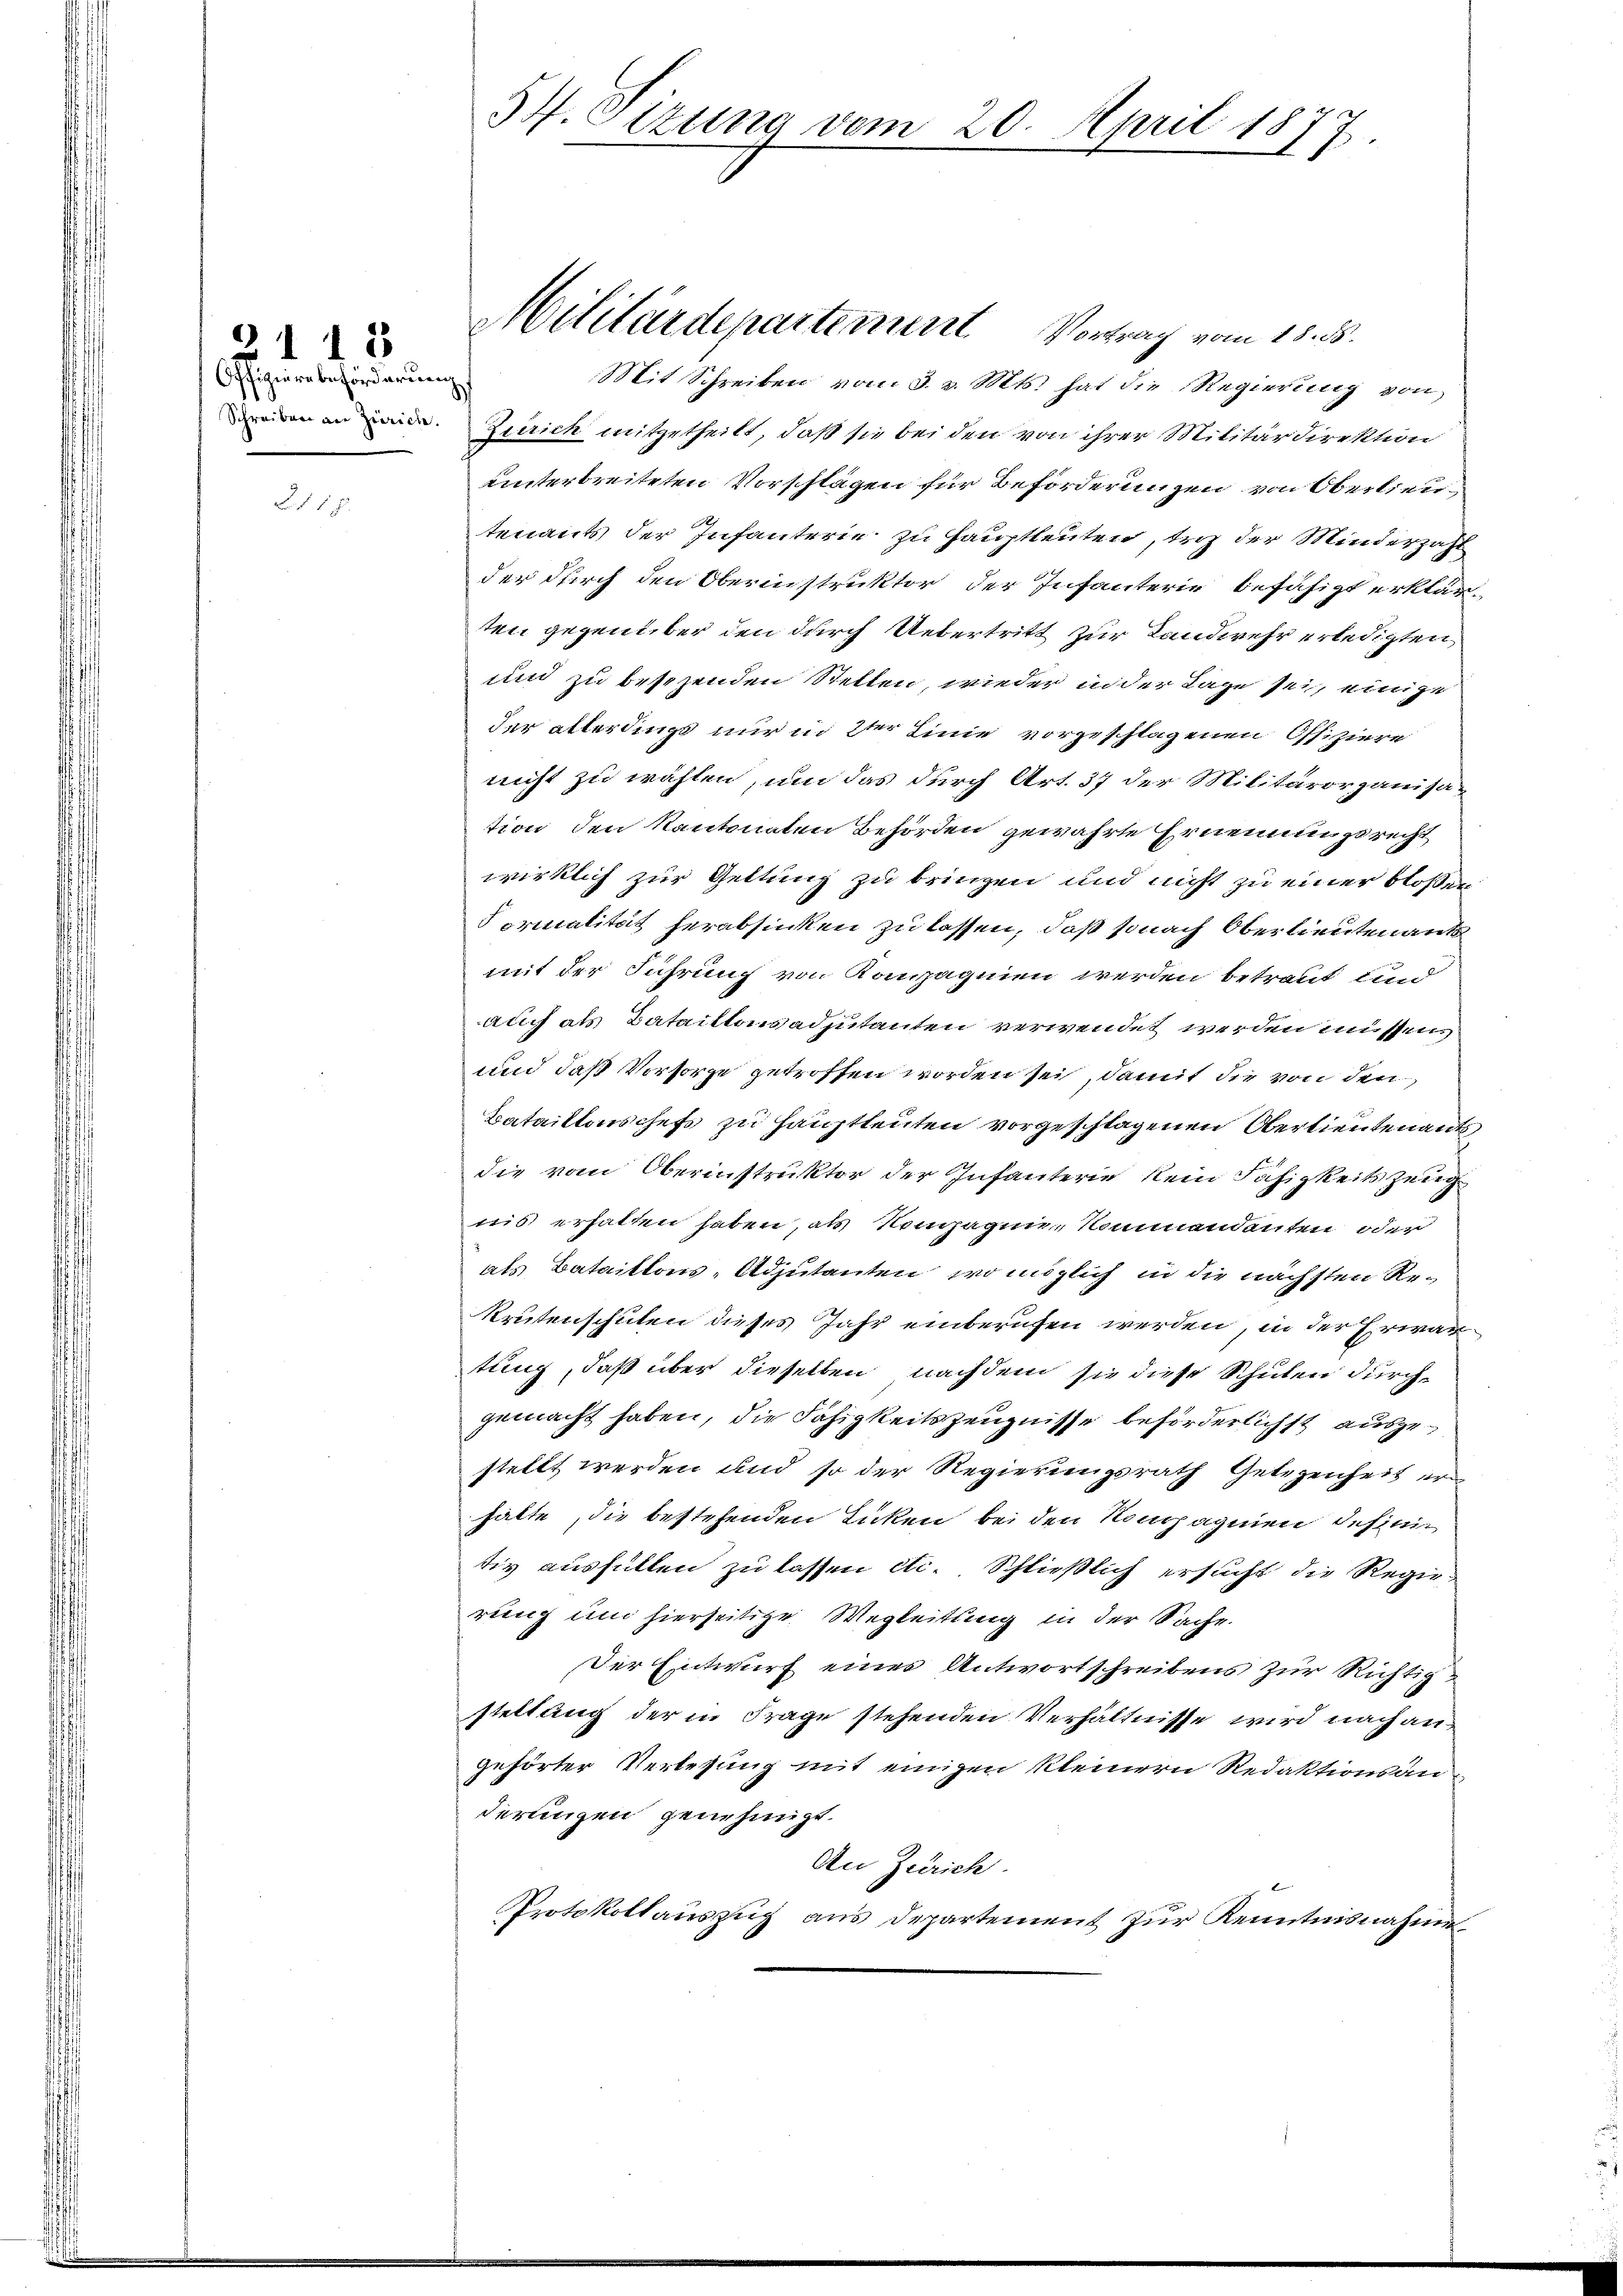
2115
Offiziere beförderung

B. § 18.

54. Sirung vom 20. April 187
e
E.
5

Mit Schreiben vom 3. v. Mts. hat die Regierung von
n in Zierich mitgetheilt, daß sie bei den von ihrer Militärdirektion
unterbreiteten Vorschlägen für Beförderungen von Oberlieutenants der Infanterie zu Hauptleuten, trotz der Minderzahl
der durch den Oberinstruktor der Infanterie befähigt erklärten gegenüber den durch Uebertritt zur Landwehr erledigten
und zu besezenden Stellen, wieder in der Lage sei, einige
der allerdings nur in 2ter Linie vorgeschlagenen Offiziere
nicht zu wählen, um das durch Art. 37 der Militärorganisation den Kantonaten Behörden gewährte Ernennungsrecht
wirklich zur Geltung zu bringen und nicht zu einer bloßen
Formalität herabsinken zu lassen, daß so nach Oberlieutenants
mit der Führung von Kompagnien werden betraut und
auch als Bataillonsadjutanten verwendet werden müssen,
und daß Vorsorge getroffen worden sei, damit die von den
Bataillonschefs zu Hauptleuten vorgeschlagenen Oberlieutenantsdie vom Oberinstruktor der Infanterie kein Fähigkeitszeug
nis erhalten haben, als Kompagnie Kommendanten oder
als Bataillons-Adjutanten, wo möglich in die nächsten Rekrutenschulen dieses Jahr einberufen werden, in der Erwartung, daß über dieselben nachdem sie diese Schulen durch
gemacht haben, die Fähigkeitszeugnisse beförderlichst ausgestellt werden und so der Regierungsrath Gelegenheit erhalte, die bestehenden Tücken bei den Kompagnien dessen
tiv ausfüllen zu lassen etc. Schließlich ersucht die Regierung und hierseitige Wegleitung in der Sache.
Der Entwurf eines Antwortschreibens zur Richtig
stellung der in Frage stehenden Verhältnisse wird nach angehörter Verlesung mit einigen kleinern Redaktionsanderungen genehmigt.
An Zürich.
Protokollauszug aus Departement zur Kenntnisnahme

Militärdepartement Vortrag vom 15. ds.